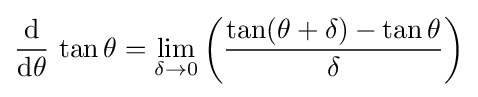
{\frac {\operatorname {d} }{\operatorname {d} \!\theta }}\,\tan \theta =\lim _{\delta \to 0}\left({\frac {\tan(\theta +\delta )-\tan \theta }{\delta }}\right)